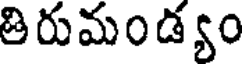
తిరుమండ్యం